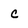
Character: c